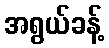
အရွယ်ခန့်